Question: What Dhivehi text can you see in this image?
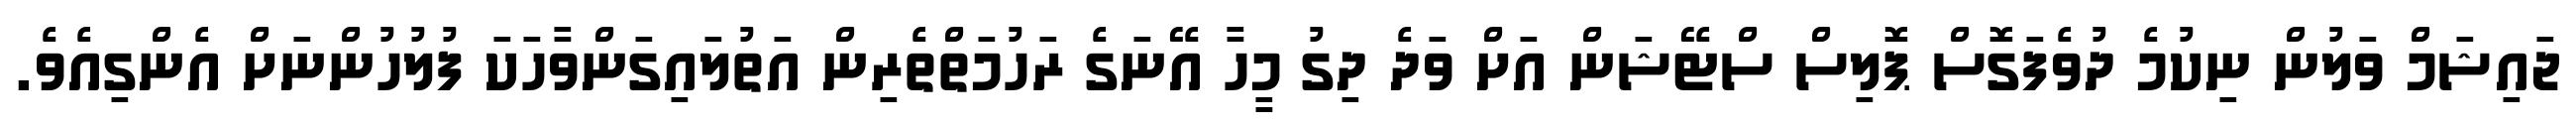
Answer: ޖައިޝަމް ވަލުން ނިކުމެ ދުވެފަގޮސް ޕޮލިސް ސްޓޭޝަން އަށް ވަދެ ދިގު މީހާ އޭނަގެ ރަހުމަތްތެރިން އަތުލައިގަންވާހަކަ ފުލުހުންނަށް އެންގިއެވެ.